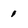
Character: 1